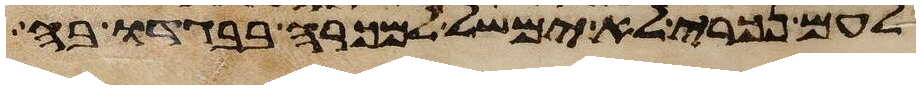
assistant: לעם נכרי לא ימשל למכרה בבגדו בה